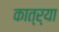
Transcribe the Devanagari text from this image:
कात्र्या